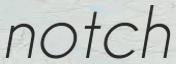
notch